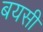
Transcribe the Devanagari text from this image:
बयसी